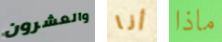
والعشرون أنا ماذا